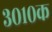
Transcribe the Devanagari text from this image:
३०१०क